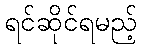
ရင်ဆိုင်ရမည့်